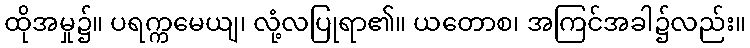
ထိုအမှု၌။ ပရက္ကမေယျ၊ လုံ့လပြုရာ၏။ ယတောစ၊ အကြင်အခါ၌လည်း။